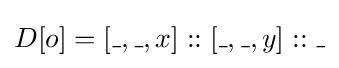
D[o]=[\_,\_,x]::[\_,\_,y]::\_